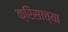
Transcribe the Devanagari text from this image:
क्रिसाच्या